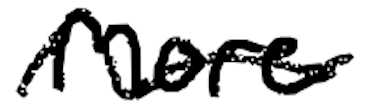
Text: more
Cross-out: wave
Writing tool: digital_black